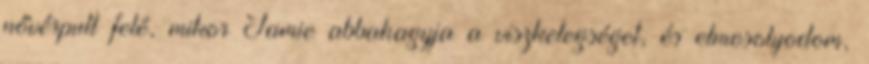
nővérpult felé, mikor Jamie abbahagyja a viszketegséget, és elmosolyodom,